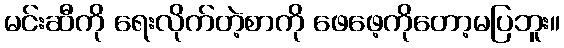
မင်းဆီကို ရေးလိုက်တဲ့စာကို ဖေဖေ့ကိုတော့မပြဘူး။